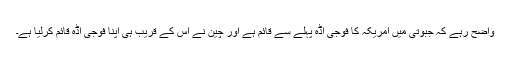
واضح رہے کہ جبوتی میں امریکہ کا فوجی اڈہ پہلے سے قائم ہے اور چین نے اس کے قریب ہی اپنا فوجی اڈہ قائم کرلیا ہے۔